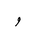
Letter: _waw